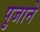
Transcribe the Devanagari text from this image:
पुजाने